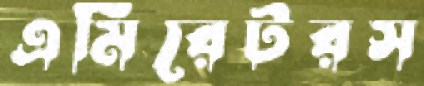
এমিরেটরস